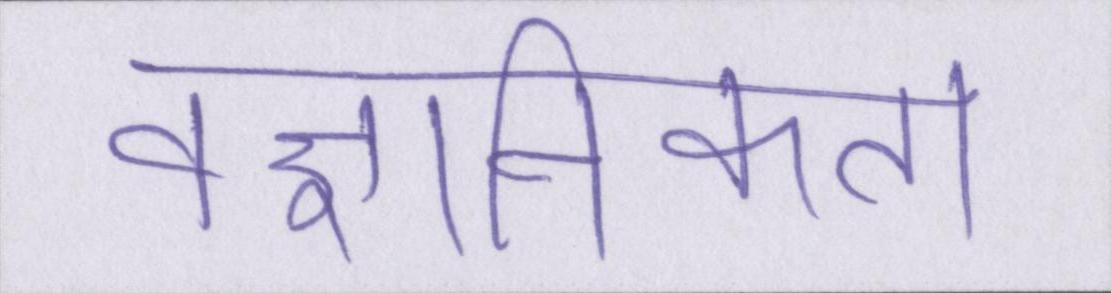
वैज्ञानिकता